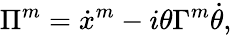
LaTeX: \Pi^{m}=\dot{x}^{m}-i\theta\Gamma^{m}\dot{\theta},